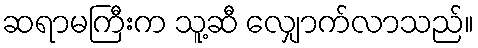
ဆရာမကြီးက သူ့ဆီ လျှောက်လာသည်။